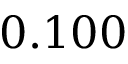
0 . 1 0 0